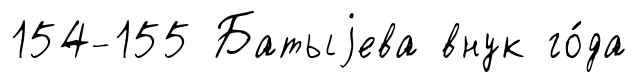
154-155 Батыjева внук го́да